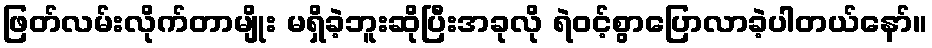
ဖြတ်လမ်းလိုက်တာမျိုး မရှိခဲ့ဘူးဆိုပြီးအခုလို ရဲဝင့်စွာပြောလာခဲ့ပါတယ်နော်။